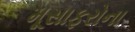
મૂસાફરોના